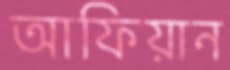
আফিয়ান